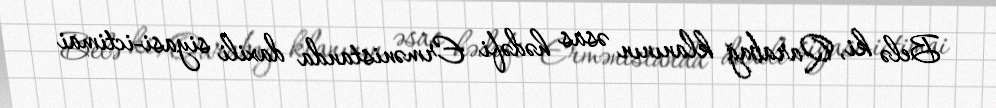
Belə ki, Qarabağ klanının əsas hədəfi Ermənistanda daxili siyasi-ictimai